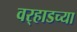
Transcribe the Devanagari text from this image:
वर्‍हाडच्या